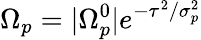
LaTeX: \Omega_{p}=|\Omega_{p}^{0}|e^{-\tau^{2}/\sigma_{p}^{2}}